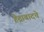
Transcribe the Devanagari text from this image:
हैद्राबादचे